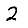
Digit: 2